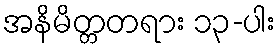
အနိမိတ္တတရား ၁၃-ပါး